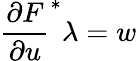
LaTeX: \frac{\partial F}{\partial u}^{*}\lambda=w